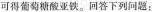
可得葡萄糖酸亚铁。回答下列问题：